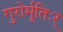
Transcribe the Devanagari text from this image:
गुरोर्मूतिःर्